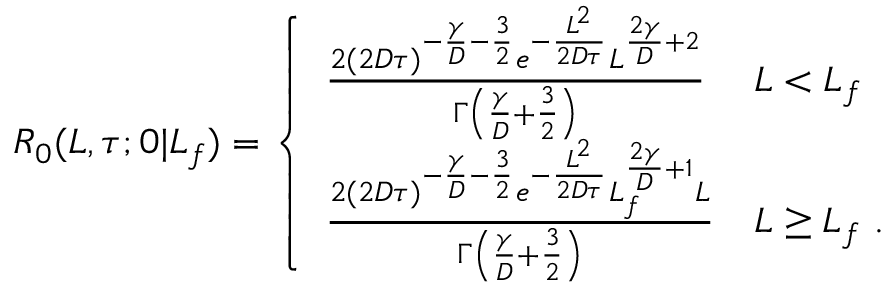
\begin{array} { r } { R _ { 0 } ( L , \tau ; 0 | L _ { f } ) = \left\{ \begin{array} { l l } { \frac { 2 ( 2 D \tau ) ^ { - \frac { \gamma } { D } - \frac { 3 } { 2 } } e ^ { - \frac { L ^ { 2 } } { 2 D \tau } } L ^ { \frac { 2 \gamma } { D } + 2 } } { \Gamma \left( \frac { \gamma } { D } + \frac { 3 } { 2 } \right) } } & { L < L _ { f } } \\ { \frac { 2 ( 2 D \tau ) ^ { - \frac { \gamma } { D } - \frac { 3 } { 2 } } e ^ { - \frac { L ^ { 2 } } { 2 D \tau } } L _ { f } ^ { \frac { 2 \gamma } { D } + 1 } L } { \Gamma \left( \frac { \gamma } { D } + \frac { 3 } { 2 } \right) } } & { L \ge L _ { f } \ . } \end{array} \right. } \end{array}